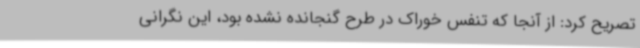
تصریح کرد: از آنجا که تنفس خوراک در طرح گنجانده نشده بود، این نگرانی